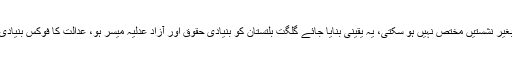
چیف جسٹس نے کہا کہ آئینی ترمیم کے بغیر نشستیں مختص نہیں ہو سکتی، یہ یقینی بنایا جائے گلگت بلتستان کو بنیادی حقوق اور آزاد عدلیہ میسر ہو، عدالت کا فوکس بنیادی حقوق اور آزاد عدلیہ کی فراہمی پر ہے ۔